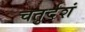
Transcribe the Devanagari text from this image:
चतुर्दशं